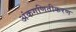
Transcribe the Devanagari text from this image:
अंकगणितीकरण